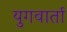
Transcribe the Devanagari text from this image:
युगवार्ता